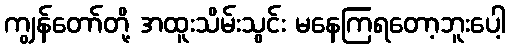
ကျွန်တော်တို့ အထူးသိမ်းသွင်း မနေကြရတော့ဘူးပေါ့